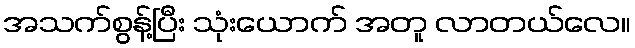
အသက်စွန့်ပြီး သုံးယောက် အတူ လာတယ်လေ။